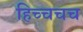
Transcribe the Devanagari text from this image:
हिच्चचच